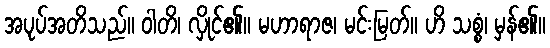
အပုပ်အတိသည်။ ဝါတိ၊ လှိုင်၏။ မဟာရာဇ၊ မင်းမြတ်။ ဟိ သစ္စံ၊ မှန်၏။